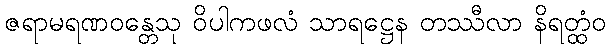
ဇရာမရဏဝန္တေသု ဝိပါကဖလံ သာရဋ္ဌေန တဿီလာ နိရတ္ထံဝ